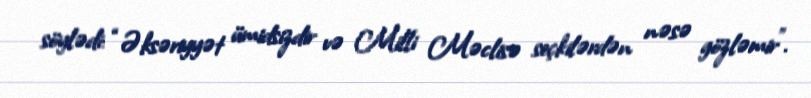
söylədi: “Əksəriyyət ümidsizdir və Milli Məclisə seçkilərdən nəsə gözləmir”.